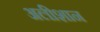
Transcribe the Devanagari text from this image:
अलीशान